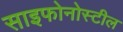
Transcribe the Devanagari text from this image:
साइफोनोस्टील